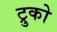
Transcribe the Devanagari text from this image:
ट्रुको